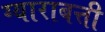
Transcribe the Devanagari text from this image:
ग्याराबत्ती